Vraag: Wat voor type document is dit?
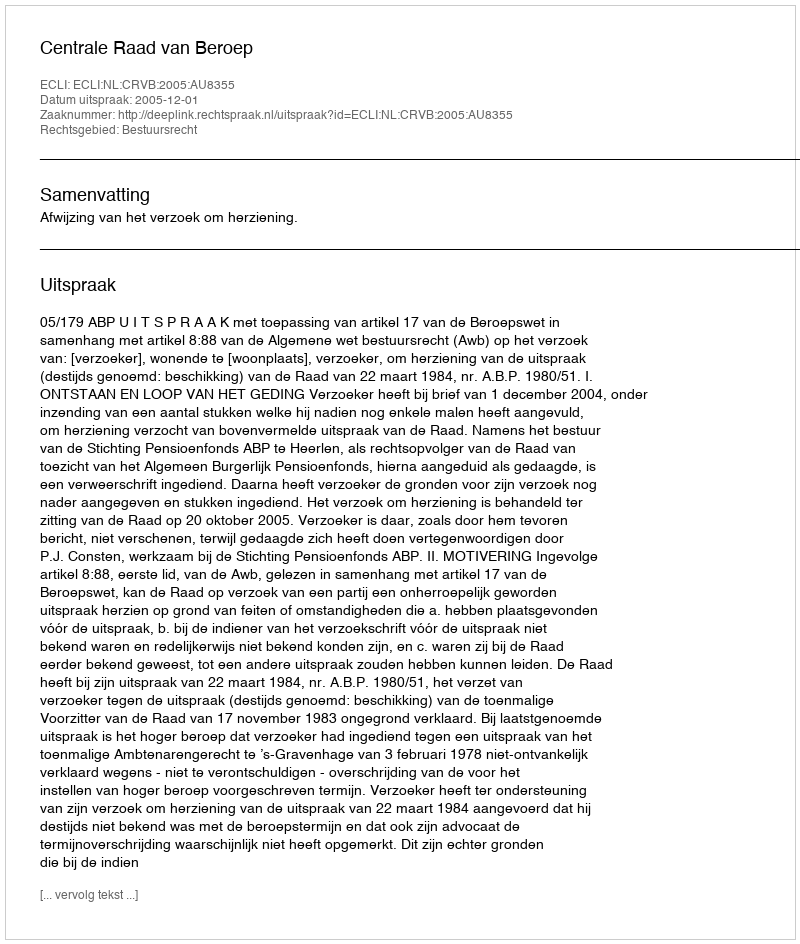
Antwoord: Uitspraak